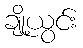
ချို့ယွင်း